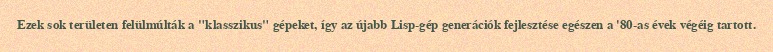
Ezek sok területen felülmúlták a "klasszikus" gépeket, így az újabb Lisp-gép generációk fejlesztése egészen a '80-as évek végéig tartott.